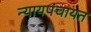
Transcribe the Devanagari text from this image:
न्यायपंचायत